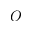
O